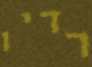
רדיו